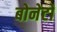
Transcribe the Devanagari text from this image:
बोनेटों